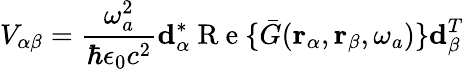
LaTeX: V_{\alpha\beta}=\frac{\omega_{a}^{2}}{\hbar\epsilon_{0}c^{2}}\mathbf{d}_{\alpha}^{*}\mathrm{~R~e~}\{ \bar{G}(\mathbf{r}_{\alpha},\mathbf{r}_{\beta},\omega_{a})\} \mathbf{d}_{\beta}^{T}